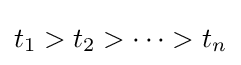
t_{1}>t_{2}>\cdots >t_{n}